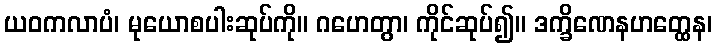
ယဝကလာပံ၊ မုယောစပါးဆုပ်ကို။ ဂဟေတွာ၊ ကိုင်ဆုပ်၍။ ဒက္ခိဏေနဟတ္ထေန၊